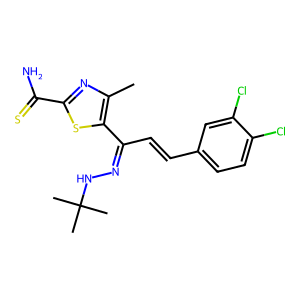
SMILES: Cc1nc(C(N)=S)sc1C(C=Cc1ccc(Cl)c(Cl)c1)=NNC(C)(C)C
Inhibits HIV replication: No